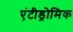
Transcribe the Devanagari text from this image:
एंटीड्रोमिक